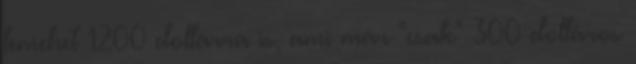
lemehet 1200 dollárra is, ami már "csak" 300 dolláros